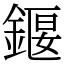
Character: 䤷